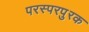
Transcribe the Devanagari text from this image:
परस्परपुरक